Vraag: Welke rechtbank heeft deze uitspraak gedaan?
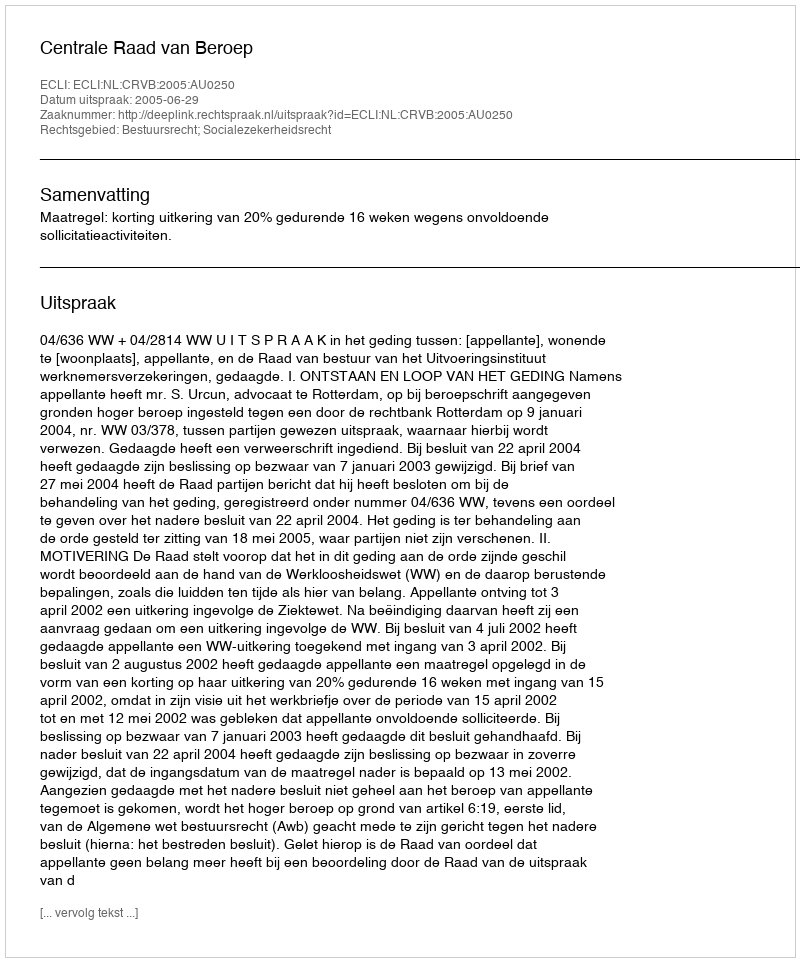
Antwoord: Centrale Raad van Beroep